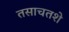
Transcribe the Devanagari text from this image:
तसाचतशे